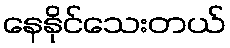
နေနိုင်သေးတယ်